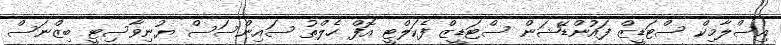
އިސްލާމިކް ސްޓަޑީޒް ފައުންޑޭޝަން ސްޓަޑީޒް ފެކަލްޓީ އޮފް ހެލްތު ސައިންސަސް ޔުނިވާސިޓީ ބިޒްނަސް